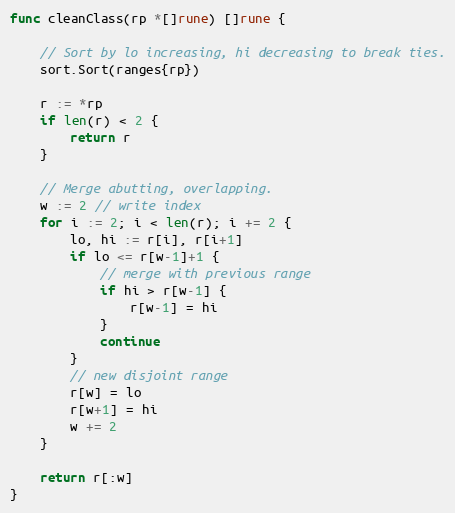
Language: Go
func cleanClass(rp *[]rune) []rune {

	// Sort by lo increasing, hi decreasing to break ties.
	sort.Sort(ranges{rp})

	r := *rp
	if len(r) < 2 {
		return r
	}

	// Merge abutting, overlapping.
	w := 2 // write index
	for i := 2; i < len(r); i += 2 {
		lo, hi := r[i], r[i+1]
		if lo <= r[w-1]+1 {
			// merge with previous range
			if hi > r[w-1] {
				r[w-1] = hi
			}
			continue
		}
		// new disjoint range
		r[w] = lo
		r[w+1] = hi
		w += 2
	}

	return r[:w]
}